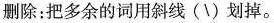
删除: 把多余的词用斜线 (\) 划掉。